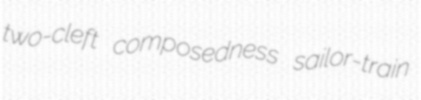
two-cleft composedness sailor-train